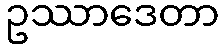
ဥဿာဒေတာ